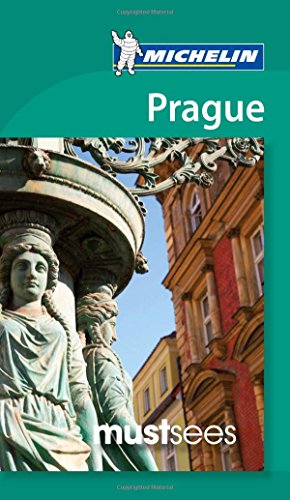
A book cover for Michelin Must Sees Prague (Must See Guides/Michelin); Michelin Travel & Lifestyle; Travel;